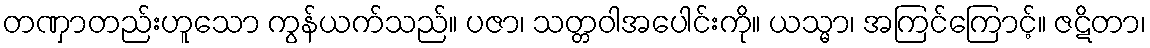
တဏှာတည်းဟူသော ကွန်ယက်သည်။ ပဇာ၊ သတ္တဝါအပေါင်းကို။ ယသ္မာ၊ အကြင်ကြောင့်။ ဇဋိတာ၊